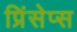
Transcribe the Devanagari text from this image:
प्रिंसेप्स